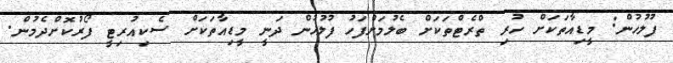
ފުލުހުން: މީޑިއާތަކަށް ހުރި ތްރެޓްތަކަށް ބެލުމަށްފަހު ފުލުހުން ދަނީ މީޑިއާތަކަށް ސެކިއުރިޓީ ފޯރުކޮށްދެމުން.